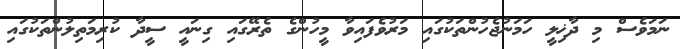
ނަމަވެސް މި ދާޚިލީ ހަމަނުޖެހުންތަކުގައި މަރުވެފައިވާ މީހުންގެ ތެރޭގައި ގިނައީ ސީދާ ކުރިމަތިލުންތަކުގައި